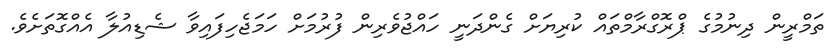
ތަމްރީން ދިނުމުގެ ޕްރޮގްރާމްތައް ކުރިޔަށް ގެންދަނީ ހައްޖުވެރިން ފުރުމަށް ހަމަޖެހިފައިވާ ޝެޑިއުލާ އެއްގޮތަށެވެ.